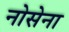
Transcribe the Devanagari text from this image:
नोसेना